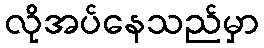
လိုအပ်နေသည်မှာ